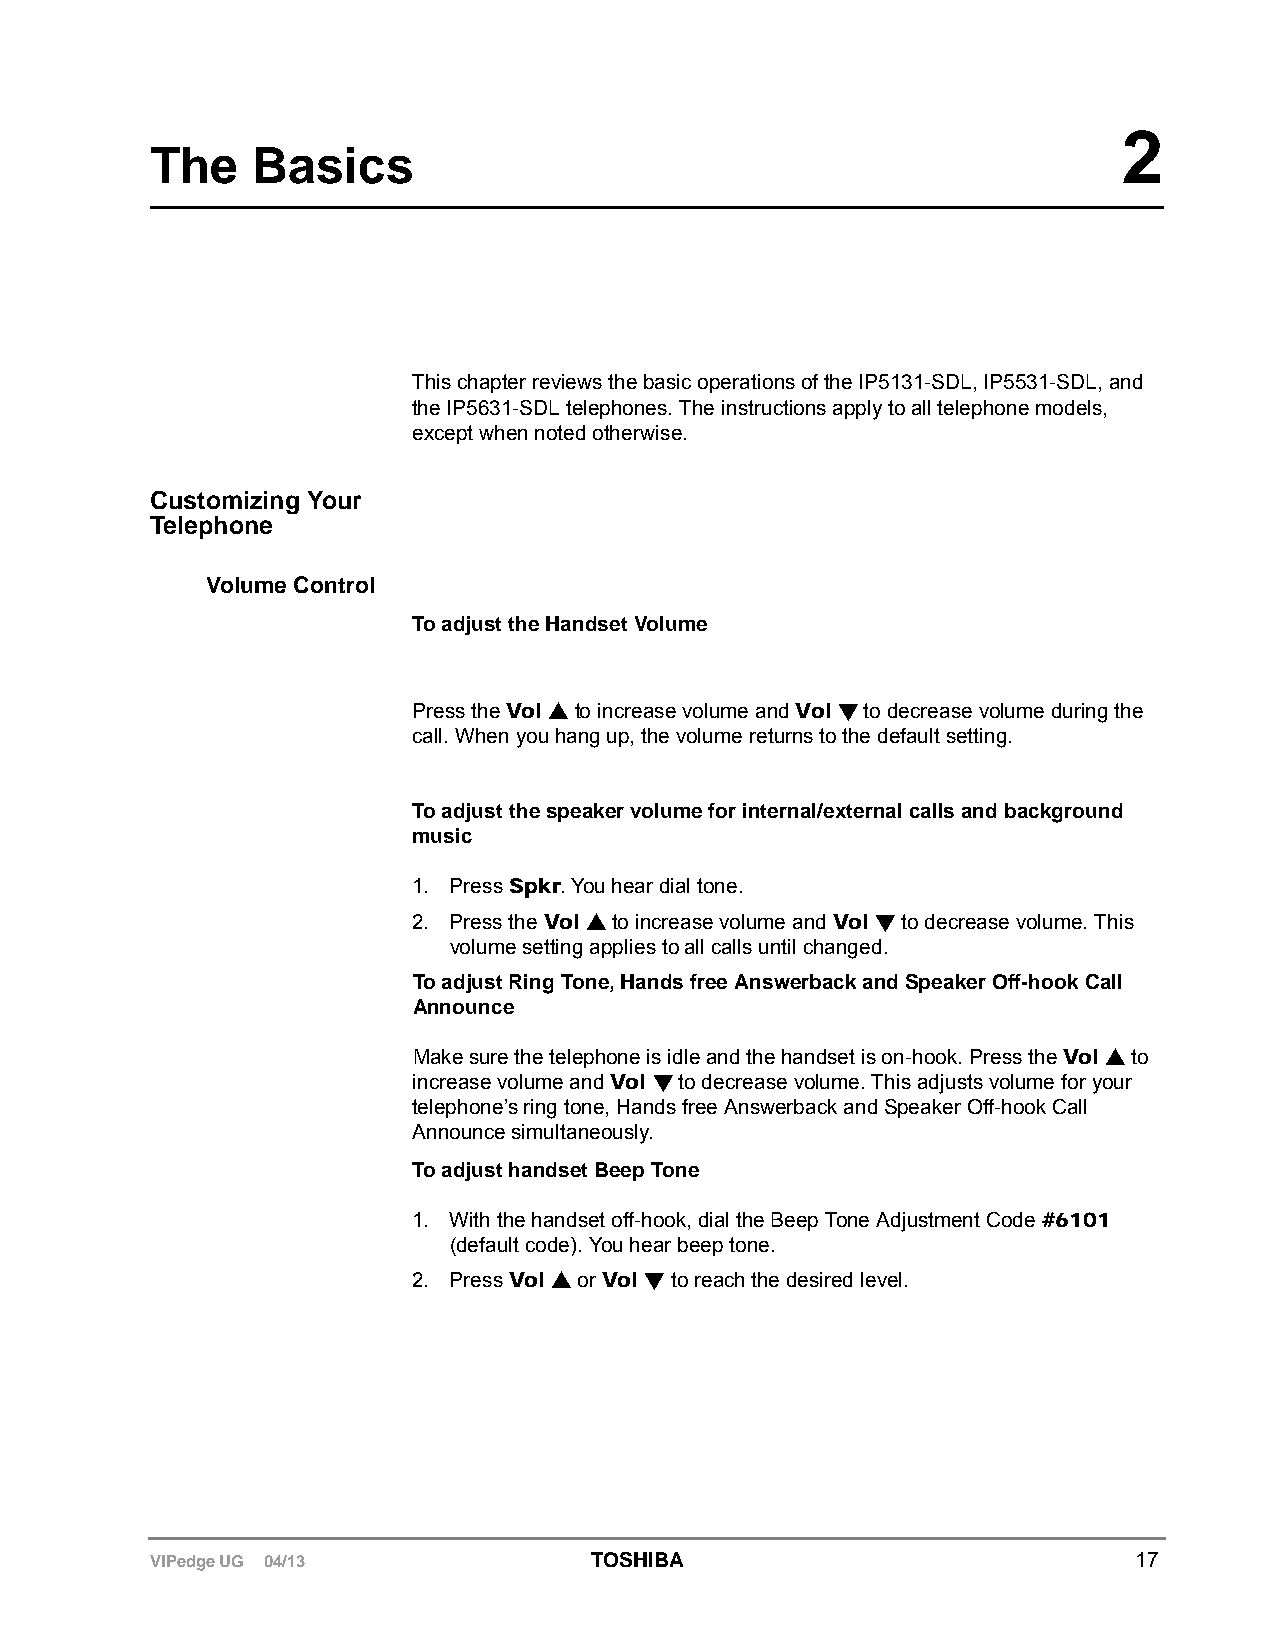
2
 The    Basics
 This chapter reviews the basic operations of the IP5131-SDL, IP5531-SDL, and
 the IP5631-SDL telephones. The instructions apply to all telephone models,
 except when noted otherwise.
 Customizing Your
 Telephone
 Volume Control
 To adjust the Handset Volume
 Press the Vol  to increase volume and Vol  to decrease volume during the
 call. When you hang up, the volume returns to the default setting.
 To adjust the speaker volume for internal/external calls and background
 music
 1. Press Spkr. You hear dial tone.
 2. Press the Vol  to increase volume and Vol  to decrease volume. This
 volume setting applies to all calls until changed.
 To adjust Ring Tone, Hands free Answerback and Speaker Off-hook Call
 Announce
 Make sure the telephone is idle and the handset is on-hook. Press the Vol  to
 increase volume and Vol  to decrease volume. This adjusts volume for your
 telephone’s ring tone, Hands free Answerback and Speaker Off-hook Call
 Announce simultaneously.
 To adjust handset Beep Tone
 1. With the handset off-hook, dial the Beep Tone Adjustment Code #6101
 (default code). You hear beep tone.
 2. Press Vol  or Vol  to reach the desired level.
 VIPedge UG 04/13             TOSHIBA                             17